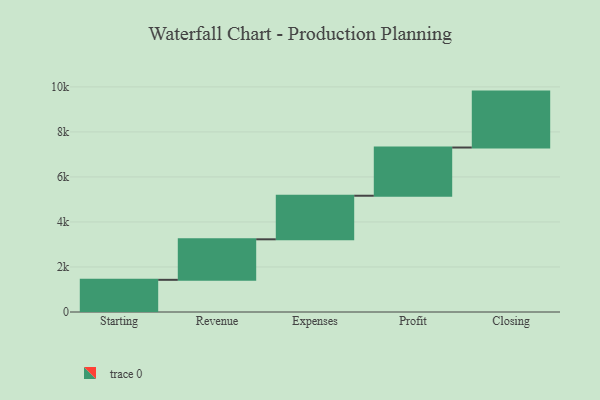
{"axis": {"x": "Step", "y": "Value"}, "legend": [""], "data": [{"x": "Starting", "y": 1429.0, "type": ""}, {"x": "Revenue", "y": 1800.0, "type": ""}, {"x": "Expenses", "y": 1936.0, "type": ""}, {"x": "Profit", "y": 2142.0, "type": ""}, {"x": "Closing", "y": 2484.0, "type": ""}]}